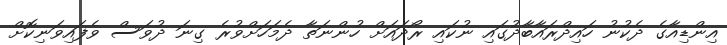
އިންޑިއާގެ ދެކުނު ހައިދްރައާބާދުގައި ނުކައި ރޯދައަށް ހުންނަތާ ދެމަހަށްވުރެ ގިނަ ދުވަސް ވެފައިވަނިކޮށް